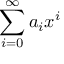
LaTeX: \sum _ { i = 0 } ^ { \infty } a _ { i } x ^ { i }